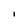
Character: I